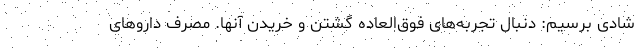
شادی برسیم: دنبال تجربه‌های فوق‌العاده گشتن و خریدن آنها. مصرف داروهای